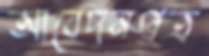
আবেদনপ্রত্র